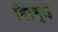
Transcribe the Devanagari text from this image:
थिरुमुरई